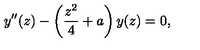
y ^ { \prime \prime } ( z ) - \left( \frac { z ^ { 2 } } { 4 } + a \right) y ( z ) = 0 ,